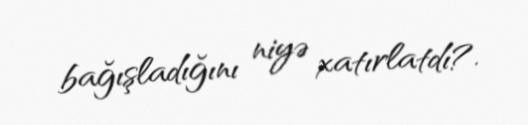
bağışladığını niyə xatırlatdı?.